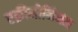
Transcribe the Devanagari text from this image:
एक्रीमोनियम